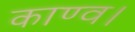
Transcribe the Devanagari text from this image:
काण्व।